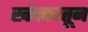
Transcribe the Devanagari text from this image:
खंदकातून